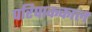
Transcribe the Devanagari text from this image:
परिपाककाल